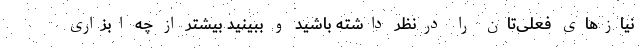
نیازهای فعلی‌تان را درنظر داشته باشید و ببینید بیشتر از چه ابزاری